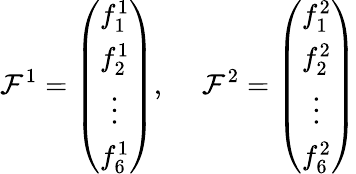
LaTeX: \mathcal{F}^{1}=\left(\begin{array}{c}{{f_{1}^{1}}}\\ {{f_{2}^{1}}}\\ {{\vdots}}\\ {{f_{6}^{1}}}\end{array}\right),~~~~~\mathcal{F}^{2}=\left(\begin{array}{c}{{f_{1}^{2}}}\\ {{f_{2}^{2}}}\\ {{\vdots}}\\ {{f_{6}^{2}}}\end{array}\right)